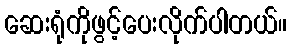
ဆေးရုံကိုဖွင့်ပေးလိုက်ပါတယ်။